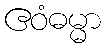
ဧဝံဓမ္မာ